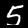
Label: 5